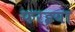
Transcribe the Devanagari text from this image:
फरइया